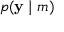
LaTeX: p ( \mathbf { y } \mid m )